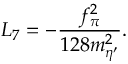
L _ { 7 } = - \frac { f _ { \pi } ^ { 2 } } { 1 2 8 m _ { \eta ^ { \prime } } ^ { 2 } } .